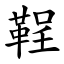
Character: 鞓